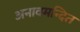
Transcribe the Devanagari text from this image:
अनावमन्दित